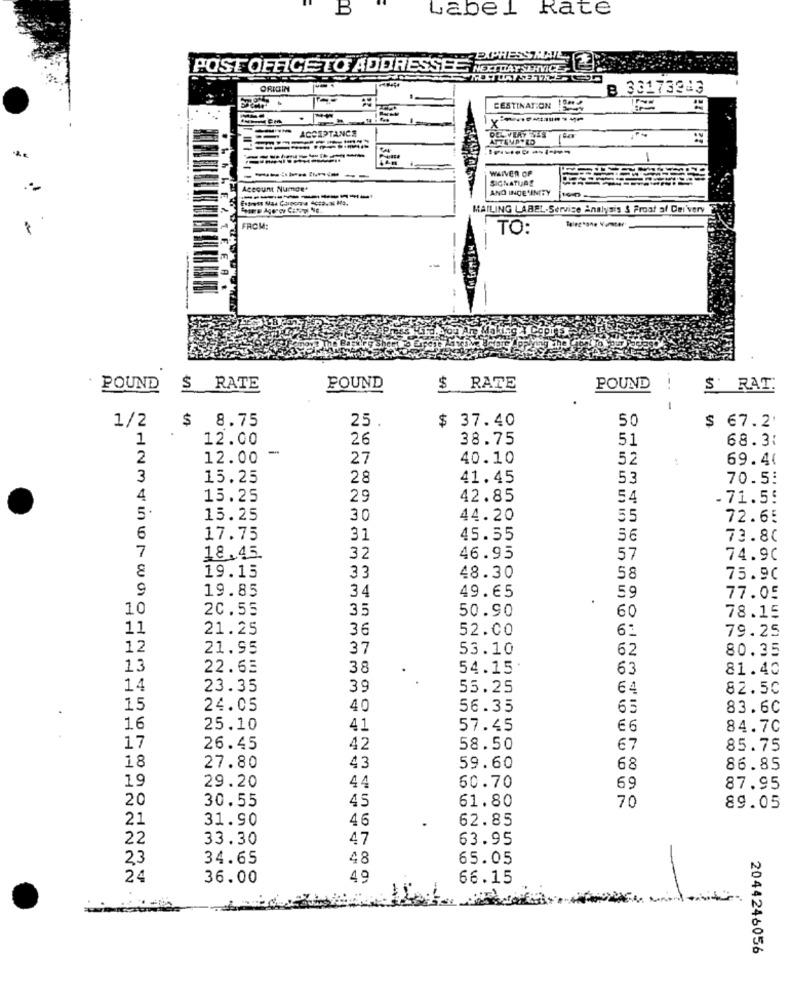
B
Label Rate
EXPRESSMA
POST OFFICETO ADDRESSEE NEX
NEXTTIAYSERVIC
ORIGIN
B 33173343
CESTINATION OPP
.
X
ACCEPTANCE
ATTEMPTED
----
WAIVER OF
SIGNATURE
L Account Numae+
AND INDE INITY
MAILING LABEL-Service Analysis & Frost af Dei'very
FROM:
TO:
Telephone Vater
-
POUND
$ RATE
FOUND
$ RATE
POUND
S' RAT
-
1/2
$ 8.75
25 .
50
$ 37.40
$ 67.2
1
12.00
26
38.75
51
68.31
-
2
12.00
27
40.10
52
69.41
3
15.25
28
41.45
53
70.5:
4
15.25
29
42.85
54
-71.55
5.
15.25
30
44.20
55
72.65
6
17.75
31
45.55
56
73.80
7
18.45.
32
46.95
57
74.90
19.15
33
48.30
58
75.90
9
19.85
34
49.65
.
59
77.05
10
20.55
35
50.90
60
78.15
11
21.25
36
52.00
79.25
12
21.95
37
53.10
62
80.35
13
22.63
38
54.15
63
81.40
14
23.35
39
55.25
64
82.50
15
24.05
40
56.35
65
83.60
16
25.10
41
57.45
84.7C
17
26.45
42
58.50
67
85.75
18
27.80
43
59.60
68
86.85
19
29.20
44
60.70
69
87.95
20
30.55
45
61.80
70
89.05
21
31.90
46
62.85
22
33.30
47
63.95
23
34.65
48
65.05
24
36.00
49
66.15
2044246056